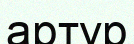
артур